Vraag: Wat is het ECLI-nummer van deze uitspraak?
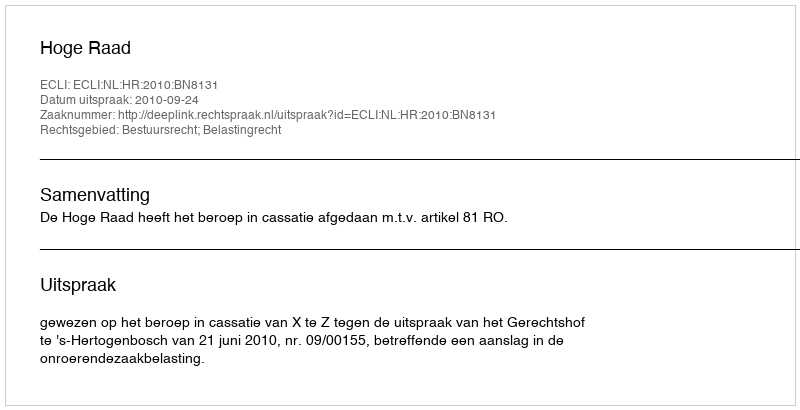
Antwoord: ECLI:NL:HR:2010:BN8131